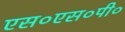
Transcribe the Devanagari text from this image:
एस०एस०पी०